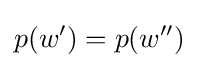
p(w')=p(w'')